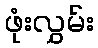
ဖုံးလွှမ်း